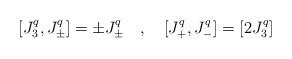
LaTeX: \begin{align*}[ J^{q}_{3}, J_{\pm}^{q}] = \pm J^{q}_{\pm} \quad , \quad [J_{+}^{q}, J_{-} ^{q}] =[2 J_{3}^{q}]\end{align*}